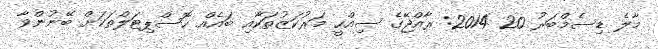
މާލެ ޑިސެމްބަރު 20 2014: ރާއްޖޭގެ ސިއްހީ މަރުކަޒުތަކާއި ބައެއް ހޮސްޕިޓަލްތަކަށް ބޭނުންވާ